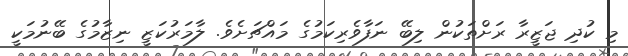
މި ކުދި ޖަޒީރާ ރަށްތަކުން ލިބޭ ނަފާވެރިކަމުގެ މައްޗަށެެވެ. ލާމަރުކަޒީ ނިޒާމުގެ ބޭނުމަކީ